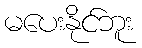
မပေးနိုင်ဘူး